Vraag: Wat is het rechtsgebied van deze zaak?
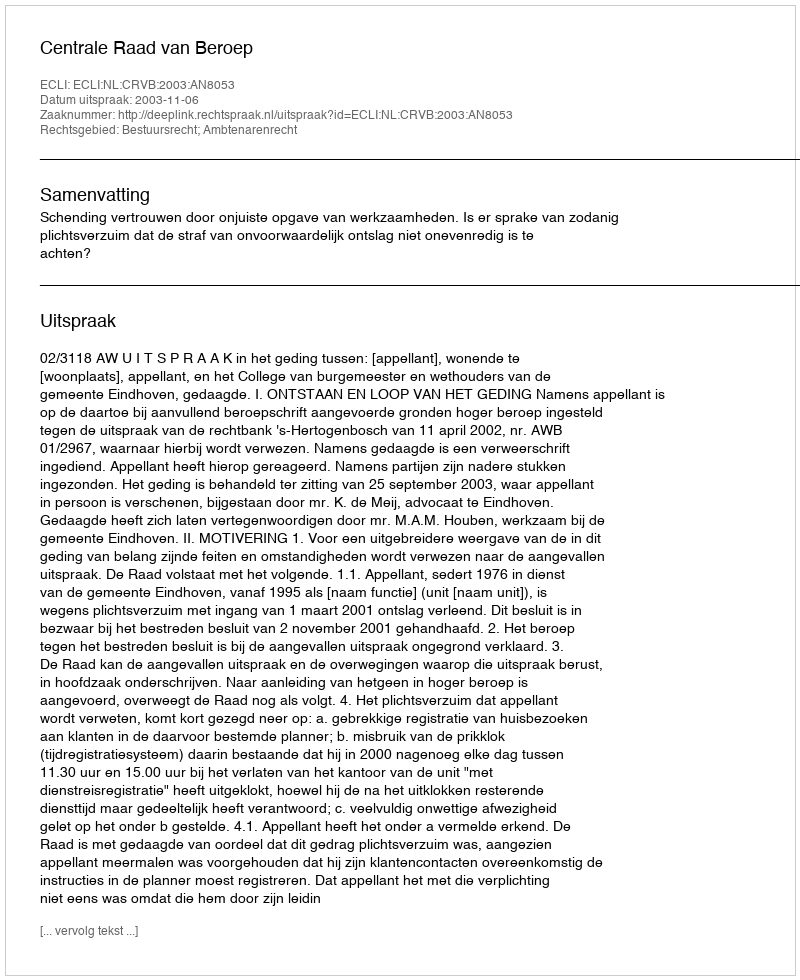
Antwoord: Bestuursrecht; Ambtenarenrecht